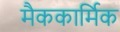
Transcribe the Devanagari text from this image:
मैककार्मिक